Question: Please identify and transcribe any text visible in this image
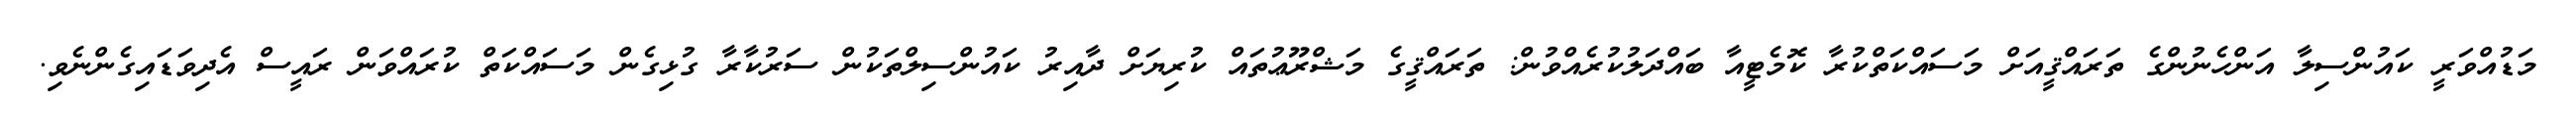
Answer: މަޑުއްވަރީ ކައުންސިލާ އަންހެނުންގެ ތަރައްޤީއަށް މަސައްކަތްކުރާ ކޮމެޓީއާ ބައްދަލުކުރެއްވުން: ތަރައްޤީގެ މަޝްރޫޢުތައް ކުރިޔަށް ދާއިރު ކައުންސިލްތަކުން ސަރުކާރާ ގުޅިގެން މަސައްކަތް ކުރައްވަން ރައީސް އެދިވަޑައިގެންނެވި.